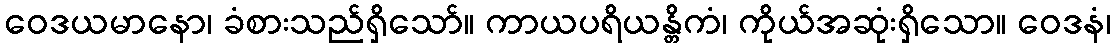
ဝေဒယမာနော၊ ခံစားသည်ရှိသော်။ ကာယပရိယန္တိကံ၊ ကိုယ်အဆုံးရှိသော။ ဝေဒနံ၊